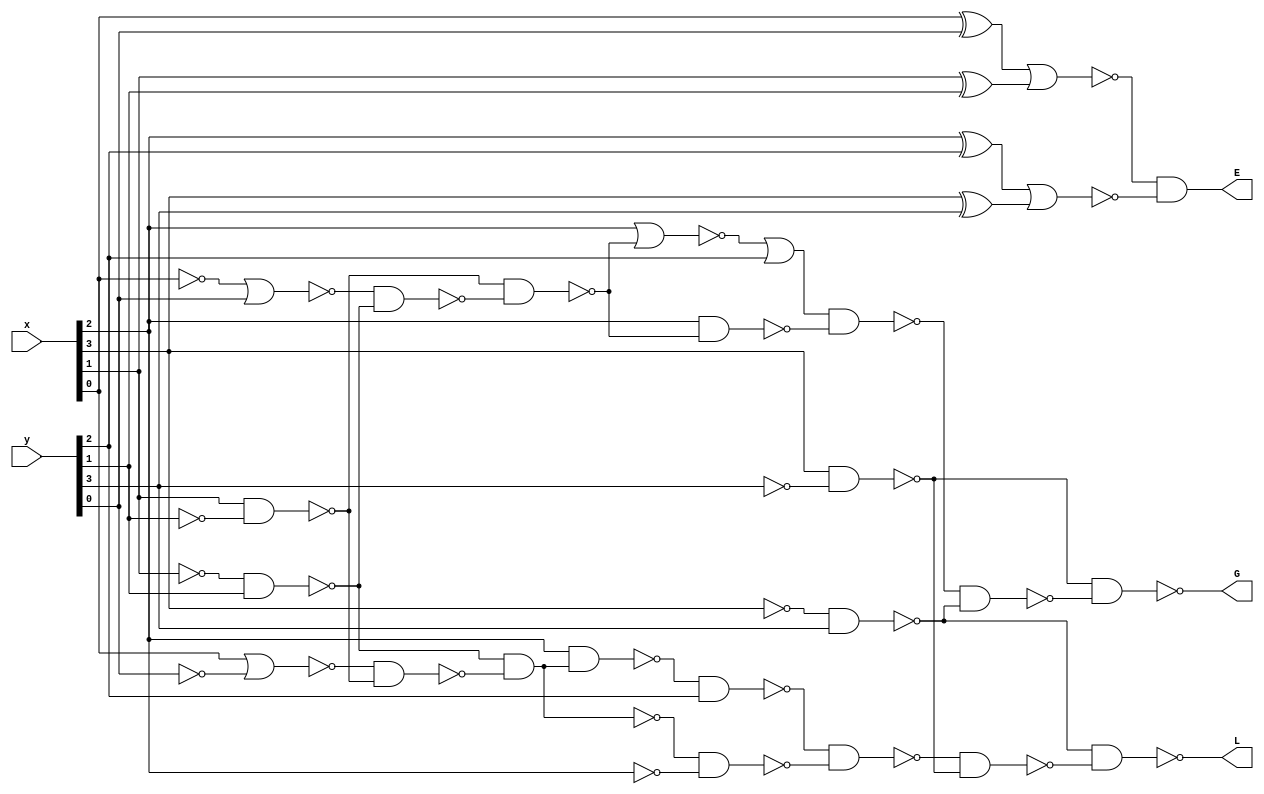
module comparator_struct(x,y,L,E,G);

    // Inputs
    input[3:0] x;
    input[3:0] y;

    //Outputs
    output L,E,G;

    // Internal Nets
    wire t1,t2,t3,t4,t5,t6,t7;
    wire m1,m2,m3,m4,m5,m6,m7,m8,m9,m10,m11,m12,m13,m14,m15,m16,m17,m18,m19;
    wire n1,n2,n3,n4,n5,n6,n7,n8,n9,n10,n11,n12,n13,n14,n15,n16,n17,n18;
    wire w1=1;

    // X Equals to Y
    xor  g1_1  (t1,x[0],y[0]);
    xor  g1_2  (t2,x[1],y[1]);
    nor  g1_3  (t3,t1,t2);
    xor  g1_4  (t4,x[2],y[2]);
    xor  g1_5  (t5,x[3],y[3]);
    nor  g1_6  (t6,t4,t5);
    nand g1_7  (t7,t3,t6);
    nand g1_8  (E,w1,t7);

    // X Less than Y
    not  g2_1  (m1,x[3]);
    nand g2_2  (m2,m1,y[3]);
    not  g2_3  (m3,x[1]);
    nand g2_4  (m4,m3,y[1]);
    not  g2_5  (m5,y[0]);
    nor  g2_6  (m6,x[0],m5);
    not  g2_7  (m7,y[1]);
    nand g2_8  (m8,x[1],m7);
    nand g2_9  (m9,m6,m8);
    nand g2_10 (m10,m4,m9);
    not  g2_11 (m11,m10);
    nand g2_12 (m12,x[2],m11);
    nand g2_13 (m13,m12,y[2]);
    not  g2_14 (m14,x[2]);
    nand g2_15 (m15,m10,m14);
    nand g2_16 (m16,m13,m15);
    not  g2_17 (m17,y[3]);
    nand g2_18 (m18,x[3],m17);
    nand g2_19 (m19,m16,m18);
    nand g2_20 (L,m2,m19);

    // X Greater than Y
    not  g3_1  (n1,y[3]);
    nand g3_2  (n2,x[3],n1);
    not  g3_3  (n3,y[1]);
    nand g3_4  (n4,x[1],n3);
    not  g3_5  (n5,x[0]);
    nor  g3_6  (n6,n5,y[0]);
    not  g3_7  (n7,x[1]);
    nand g3_8  (n8,n7,y[1]);
    nand g3_9  (n9,n6,n8);
    nand g3_10 (n10,n4,n9);
    nor  g3_11 (n11,x[2],n10);
    nor  g3_12 (n12,n11,y[2]);
    not  g3_13  (n13,n12);
    nand g3_14 (n14,x[2],n10);
    nand g3_15 (n15,n13,n14);
    not  g3_16 (n16,x[3]);
    nand g3_17 (n17,n16,y[3]); 
    nand g3_18 (n18,n15,n17);
    nand g3_19 (G,n2,n18);   
endmodule